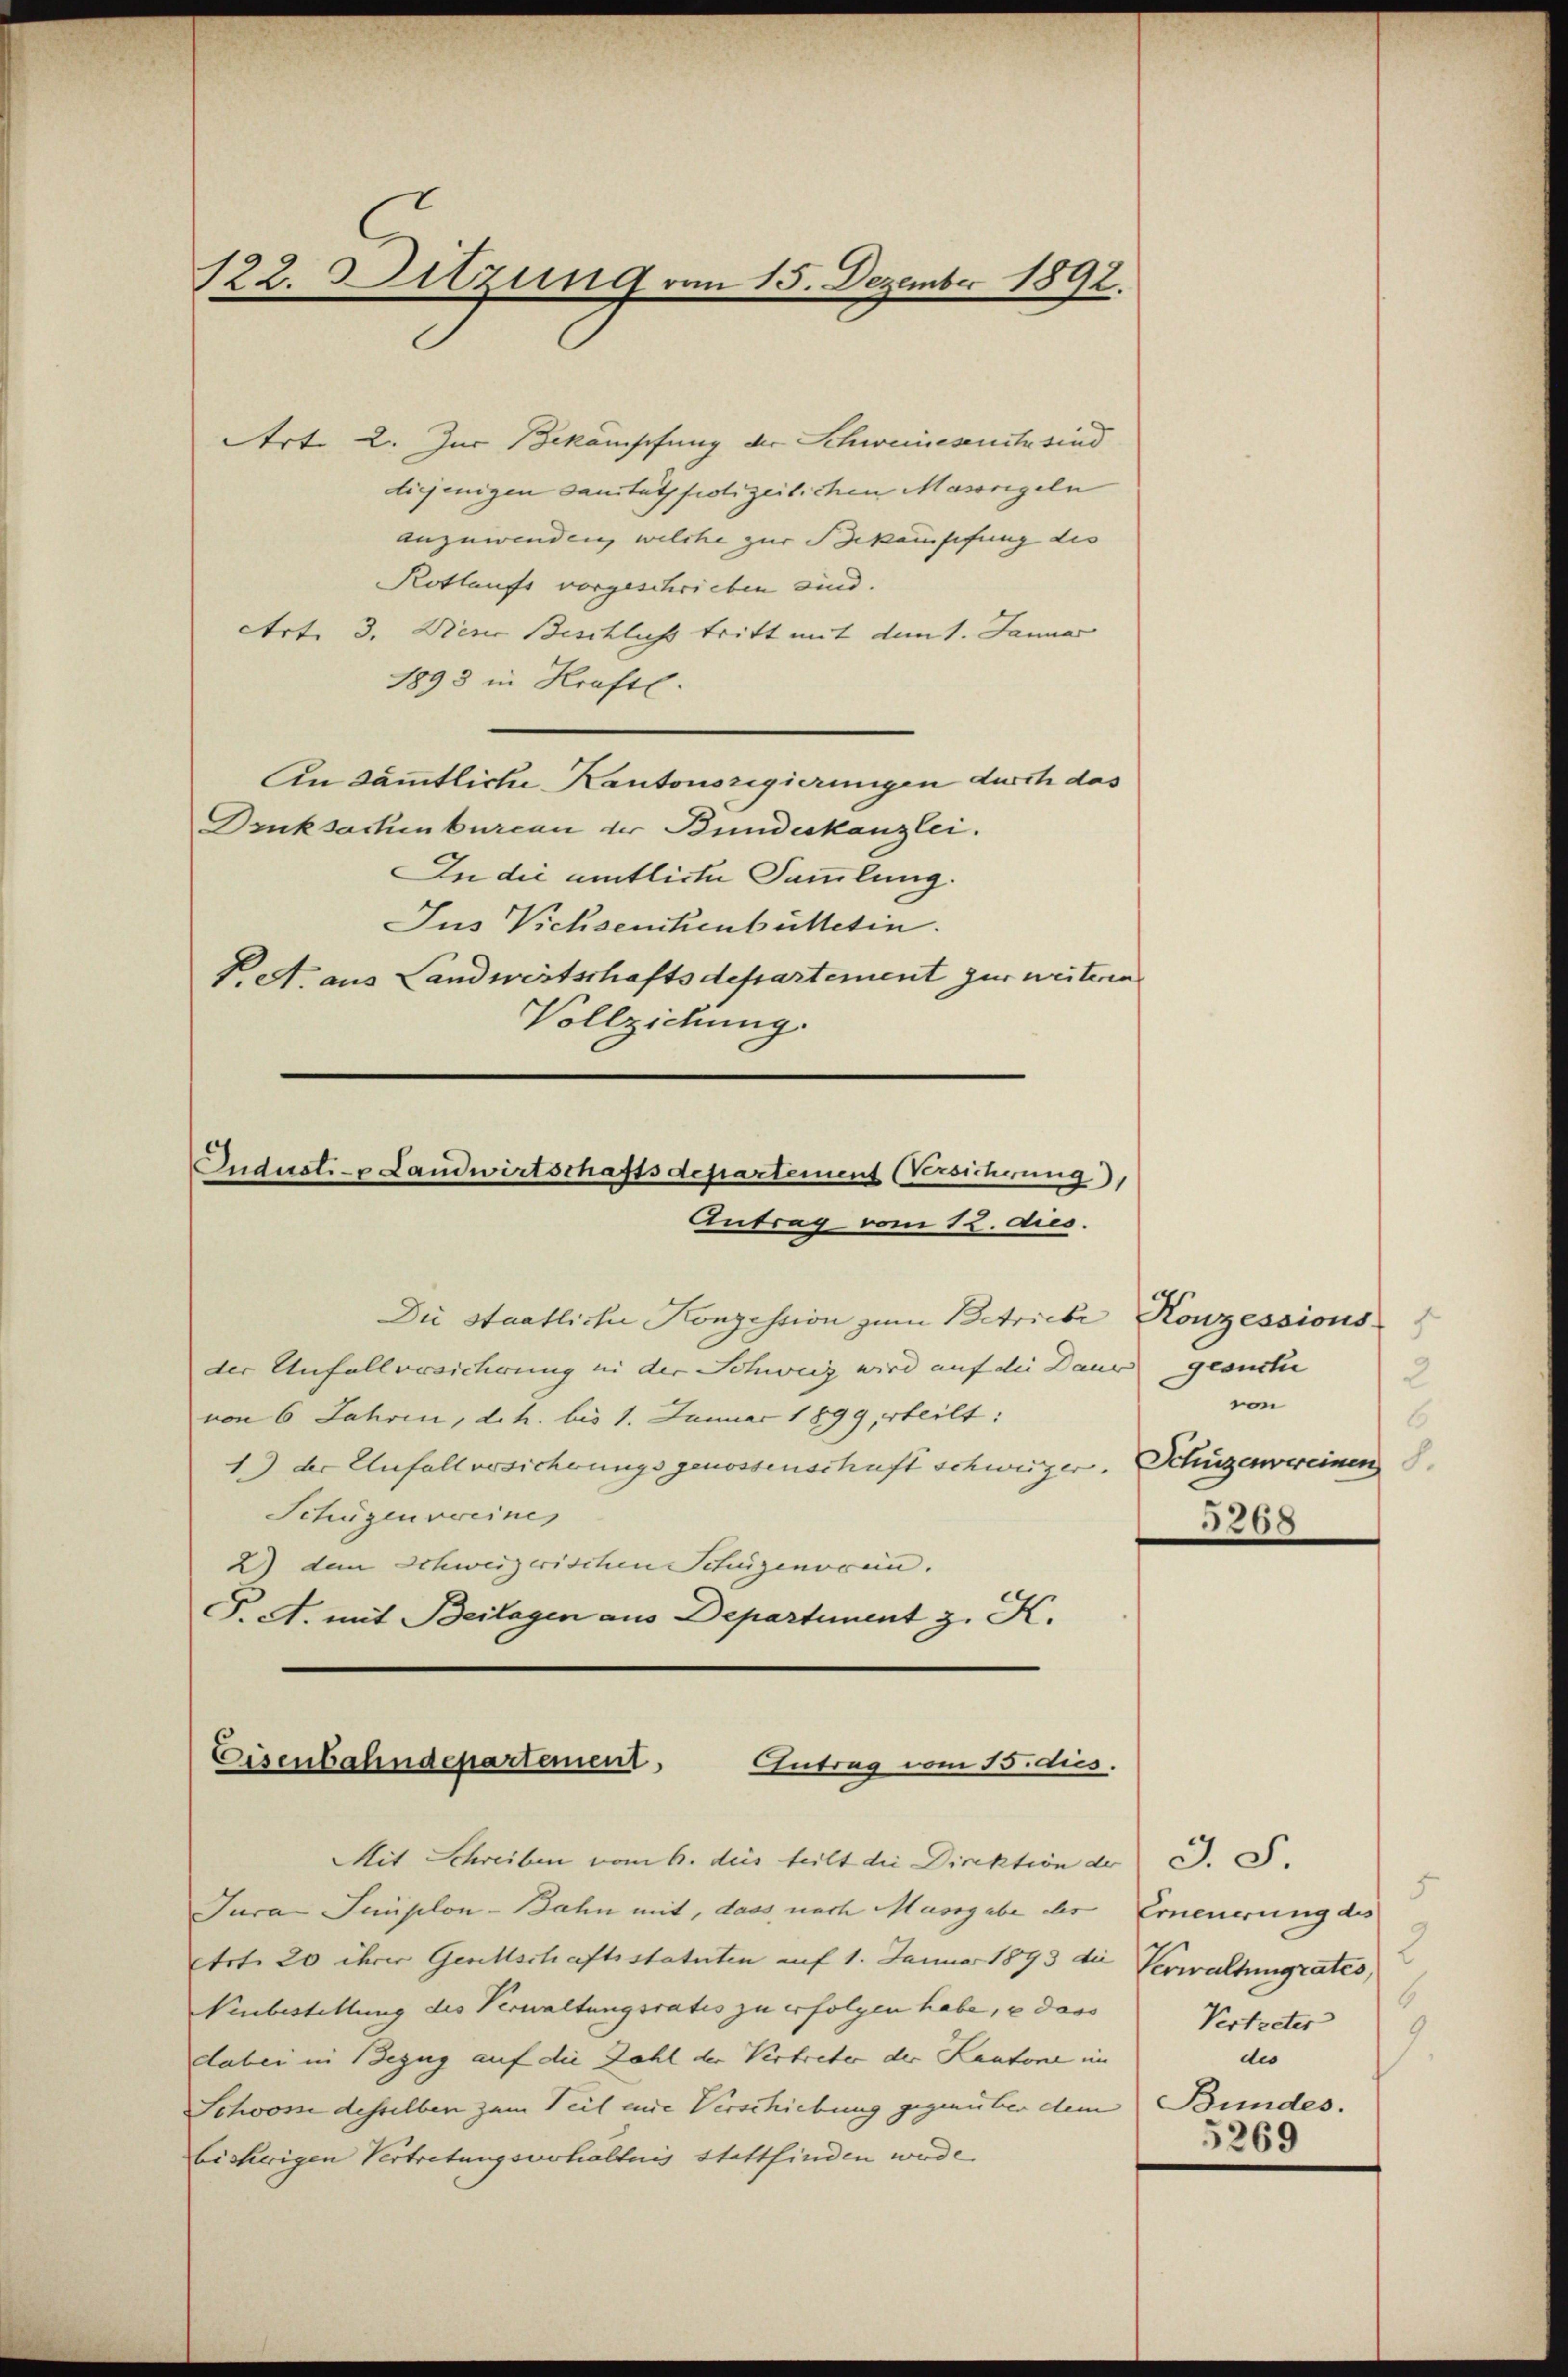
122. Sitzung vom 15. Dezember 1892.

Art. 2. Zur Bekämpfung der Schweinesente sind
diejenigen Sanitätspolizeilichen Massregeln
anzuwenden, welche zur Bekämpfung des
Rotlaufs vorgeschrieben sind.
Art. 3. Diene Beschlichs tritt mit dem 1. Januar
1898 in Kraftl.
An sämmtliche Kantonsregierungen durch das
Druksachenbureau der Bundeskanzlei.
In die amtliche Sammlung.
Jus Vichsenikenbütteten.
Pett. aus Landwirtschaftsdepartement zur weiteren
Vollziehung.

Indust- u Landwirtschaftsdepartement Versicherung),
Antrag vom 12. dies.
Die Staatliche Konzession zum Betriebe Konzessions

der Anfallversicherung in der Schweig wird auf die Daus gesuche
von 6 Jahren, d.h. bis 1. Januar 1899 erteilt:
1.) der Anfallversicherungs genossenschaft schweizer.
Schügen vereines
2) dem Schweizerischen Schüzenoren. |
F. A. mit Beilagen aus Departement z. K.

Eisenbahndepartement,
Gutrag vom Bidus.

Mit Schreiben vom 6. des teilt die Direktion der
Jura Simplon-Bahn mit, dass nach Massgabe der Erneuerung des
Art. 20 ihrer Gesellschaftsstatuten auf 1. Januar 1893 die Verwaltungrates,
Neubestellung des Verwaltungsrates zu erfolgen habe, e dass
dabei in Bezug auf die Zahl der Vertreter der Kantone im
Schooss desselben zum Teil eine Verschiebung gegenüber dem
bisherigen Vertretungsverhältnis stattfinden werde.

2
von
6
Schüzenvereinen S.
5268

J.F.
5
9
6
Vertreter
dis
Bundes.
5269